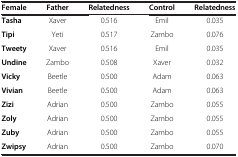
<table><thead><tr><td><b>Female</b></td><td><b>Father</b></td><td><b>Relatedness</b></td><td><b>Control</b></td><td><b>Relatedness</b></td></tr></thead><tbody><tr><td><b>Tasha</b></td><td>Xaver</td><td>0.516</td><td>Emil</td><td>0.035</td></tr><tr><td><b>Tipi</b></td><td>Yeti</td><td>0.517</td><td>Zambo</td><td>0.076</td></tr><tr><td><b>Tweety</b></td><td>Xaver</td><td>0.516</td><td>Emil</td><td>0.035</td></tr><tr><td><b>Undine</b></td><td>Zambo</td><td>0.508</td><td>Xaver</td><td>0.032</td></tr><tr><td><b>Vicky</b></td><td>Beetle</td><td>0.500</td><td>Adam</td><td>0.063</td></tr><tr><td><b>Vivian</b></td><td>Beetle</td><td>0.500</td><td>Adam</td><td>0.063</td></tr><tr><td><b>Zizi</b></td><td>Adrian</td><td>0.500</td><td>Zambo</td><td>0.055</td></tr><tr><td><b>Zoly</b></td><td>Adrian</td><td>0.500</td><td>Zambo</td><td>0.055</td></tr><tr><td><b>Zuby</b></td><td>Adrian</td><td>0.500</td><td>Zambo</td><td>0.055</td></tr><tr><td><b>Zwipsy</b></td><td>Adrian</td><td>0.500</td><td>Zambo</td><td>0.070</td></tr></tbody></table>